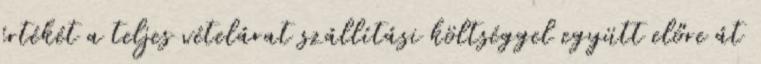
értékét a teljes vételárat szállítási költséggel együtt előre át